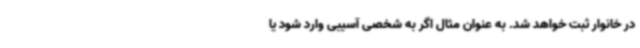
در خانوار ثبت خواهد شد. به عنوان مثال اگر به شخصی آسیبی وارد شود یا